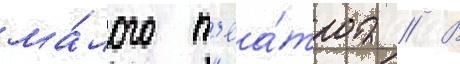
ма́лого т'еа́тра // В